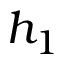
h _ { 1 }